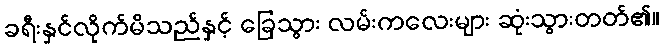
ခရီးနှင်လိုက်မိသည်နှင့် ခြေသွား လမ်းကလေးများ ဆုံးသွားတတ်၏။